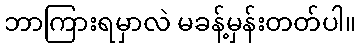
ဘာကြားရမှာလဲ မခန့်မှန်းတတ်ပါ။